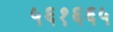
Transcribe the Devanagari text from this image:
५६१६६५